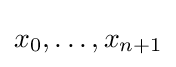
x_{0},\ldots ,x_{n+1}